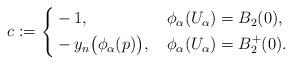
LaTeX: \begin{align*}c:=\left\{\begin{aligned}&-1, &\;& \phi_\alpha(U_\alpha) = B_2(0),\\&- y_n \big(\phi_\alpha (p)\big), &\;& \phi_\alpha(U_\alpha) = B^+_2(0).\end{aligned}\right.\end{align*}